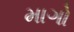
માગો